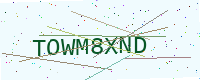
Text: TOWM8XND